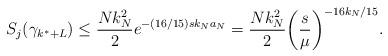
LaTeX: \begin{align*}S_j(\gamma_{k^* + L}) \leq \frac{N k_N^2}{2} e^{-(16/15) s k_N a_N} = \frac{N k_N^2}{2} \bigg( \frac{s}{\mu} \bigg)^{-16 k_N /15}.\end{align*}